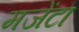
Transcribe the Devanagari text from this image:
मजेंटा